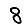
Digit: 8